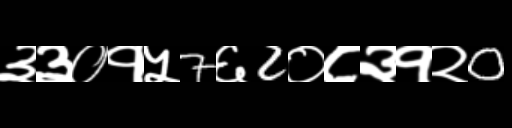
Text: ३३०१५7६2०८३१२0